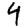
Digit: 4